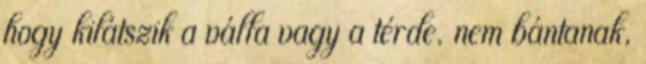
hogy kilátszik a válla vagy a térde. nem bántanak,